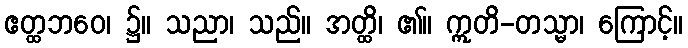
ဧတ္ထဘဝေ၊ ၌။ သညာ၊ သည်။ အတ္ထိ၊ ၏။ ဣတိ-တသ္မာ၊ ကြောင့်။